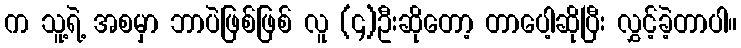
က သူ့ရဲ့ အစမှာ ဘာပဲဖြစ်ဖြစ် လူ (၄)ဦးဆိုတော့ တာပေါ့ဆိုပြီး လွှင့်ခဲ့တာပါ။